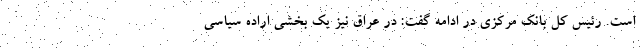
است. رئیس کل بانک مرکزی در ادامه گفت: در عراق نیز یک بخشی اراده سیاسی